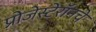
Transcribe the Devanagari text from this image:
प्रोजेस्टेरॉनचे